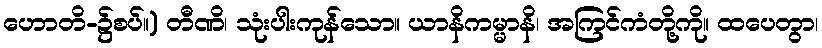
ဟောတိ-၌စပ်။) တီဏိ၊ သုံးပါးကုန်သော။ ယာနိကမ္မာနိ၊ အကြင်ကံတို့ကို။ ထပေတွာ၊